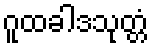
ဂူထခါဒသုတ္တံ